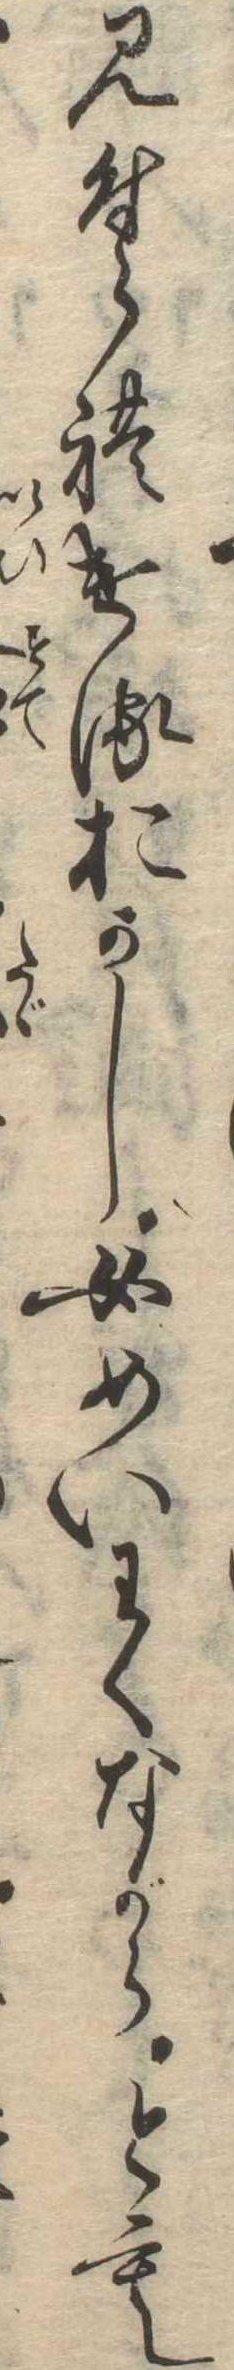
見付られけるおかし女めいわくながらとも